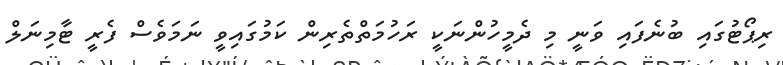
ރިޕޯޓުގައި ބުނެފައި ވަނީ މި ދެމީހުންނަކީ ރަހުމަތްތެރިން ކަމުގައިވީ ނަމަވެސް ފެރީ ޓާމިނަލް